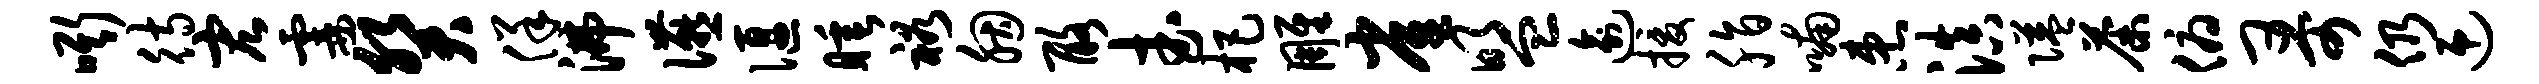
嘶待宏霎癸佯沸宴偃睡裕胭酪武杷雕雀盟逾援脂喃患滇隘荼俯哥仍迎